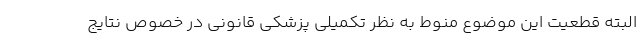
البته قطعیت این موضوع منوط به نظر تکمیلی پزشکی قانونی در خصوص نتایج